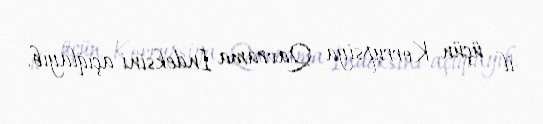
il üçün Korrupsiya Qavrama İndeksini açıqlayıb.